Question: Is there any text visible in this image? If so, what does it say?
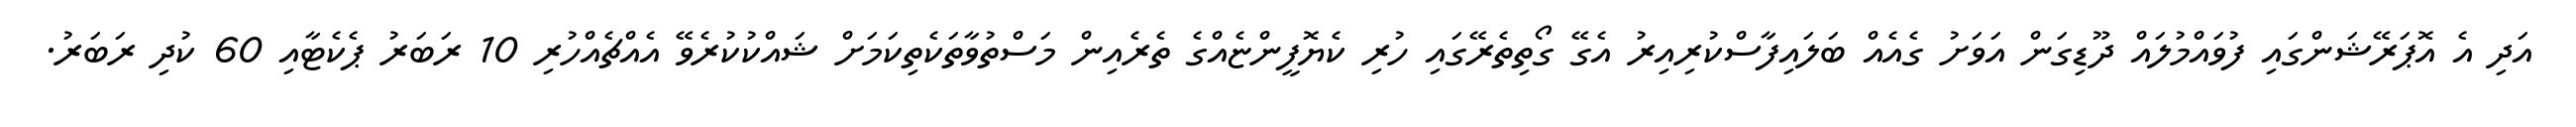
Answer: އަދި އެ އޮޕަރޭޝަންގައި ފުވައްމުލައް ދޫޑިގަން އަވަށު ގެއެއް ބަލައިފާސްކުރިއިރު އެގޭ ގޯތިތެރޭގައި ހުރި ކެޔޮފީންޏެއްގެ ތެރެއިން މަސްތުވާތަކެތިކަމަށް ޝައްކުކުރެވޭ އެއްޗެއްހުރި 10 ރަބަރު ޕެކެޓާއި 60 ކުދި ރަބަރު.